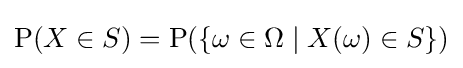
\operatorname {P} (X\in S)=\operatorname {P} (\{\omega \in \Omega \mid X(\omega )\in S\})